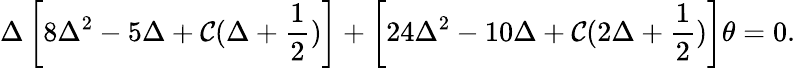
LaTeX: \Delta\left[8\Delta^{2}-5\Delta+\mathcal{C}(\Delta+\frac{{1}}{{2}})\right]+\left[24\Delta^{2}-10\Delta+\mathcal{C}(2\Delta+\frac{{1}}{{2}})\right]\theta=0.